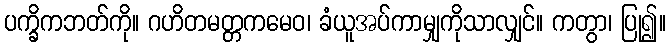
ပက္ခိကဘတ်ကို။ ဂဟိတမတ္တကမေဝ၊ ခံယူအပ်ကာမျှကိုသာလျှင်။ ကတွာ၊ ပြု၍။